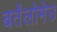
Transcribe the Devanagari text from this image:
बर्तेलोमेउ